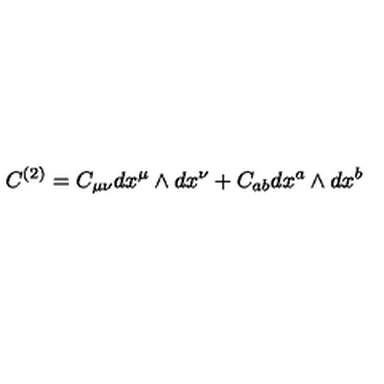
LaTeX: C ^ { ( 2 ) } = C _ { \mu \nu } d x ^ { \mu } \wedge d x ^ { \nu } + C _ { a b } d x ^ { a } \wedge d x ^ { b }